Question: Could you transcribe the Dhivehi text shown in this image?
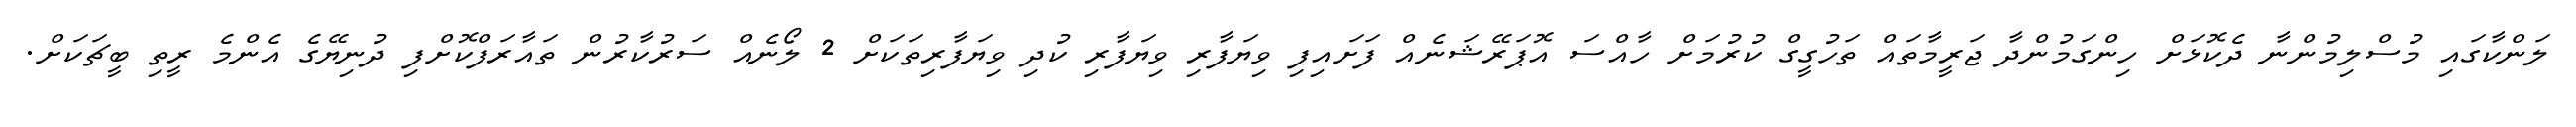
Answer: ލަންކާގައި މުސްލިމުންނާ ދެކޮޅަށް ހިންގަމުންދާ ޖަރީމާތައް ތަހުގީގް ކުރުމަށް ހާއްސަ އޮޕަރޭޝަނެއް ފަށައިފި ވިޔަފާރި ވިޔަފާރި ކުދި ވިޔަފާރިތަކަށް 2 ލޯނެއް ސަރުކާރުން ތައާރަފްކޮށްފި ދުނިޔޭގެ އެންމެ ރީތި ބީޗަކަށް.